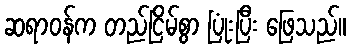
ဆရာဝန်က တည်ငြိမ်စွာ ပြုံးပြီး ဖြေသည်။